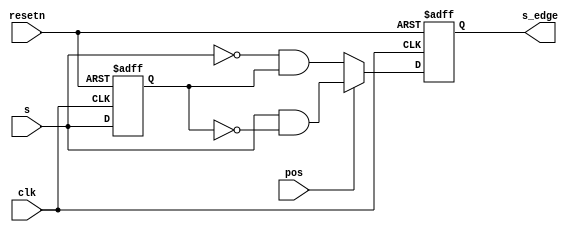
module edge_dect (
    clk,
    resetn,
    s,
    pos,
    s_edge
);

input clk;
input resetn;
input s;
input pos;  // 1: pos, 0: neg
output s_edge;

reg s_r;
reg s_edge_r;

always @(posedge clk or negedge resetn) begin
    if (~resetn) begin
        s_r <= 1'b0;
    end
    else begin
        s_r <= s;
    end
end

// opt timing - b2c cnt setup
always @(posedge clk or negedge resetn) begin
    if (~resetn) begin
        s_edge_r <= 1'b0;
    end
    else begin
        s_edge_r <= pos ? (s & ~s_r) : (~s & s_r);
    end
end

assign s_edge = s_edge_r;


endmodule